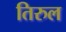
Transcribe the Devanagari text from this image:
तिरुल